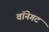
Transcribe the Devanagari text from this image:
वॉनेगट